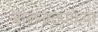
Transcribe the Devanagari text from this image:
बालनाट्यांच्या